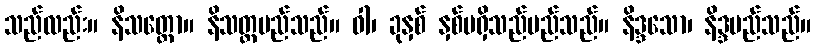
သည်လည်း။ နိသတ္တော။ နိသတ္တမည်သည်။ ဝါ၊ ခုနှစ် နှစ်မရှိသည်မည်သည်။ နိဒ္ဒသော၊ နိဒ္ဒမည်သည်။